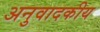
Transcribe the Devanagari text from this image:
अनुवादकीय